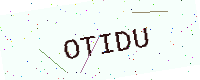
Text: OTIDU